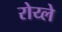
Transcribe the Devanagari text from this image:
रोय्ले